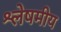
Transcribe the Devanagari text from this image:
श्लेषमीय